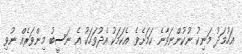
އަހުމަދު މަނިކު ނުކުންނަވާނެ ކަމަށެވެ. އެކަމަކު އެދުވަހަކު އެ ނަސީބު މިންވަރެއް ނުވި